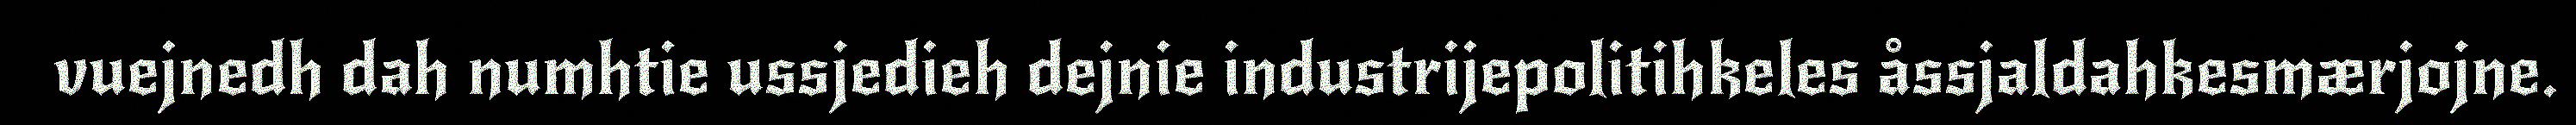
vuejnedh dah numhtie ussjedieh dejnie industrijepolitihkeles åssjaldahkesmærjojne.